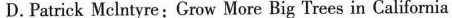
D.Patrick Melntyre: Crow More Big Trees in California